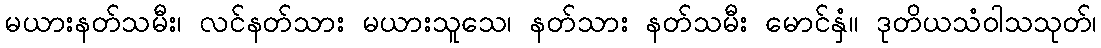
မယားနတ်သမီး၊ လင်နတ်သား မယားသူသေ၊ နတ်သား နတ်သမီး မောင်နှံ။ ဒုတိယသံဝါသသုတ်၊